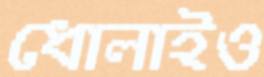
ধোলাইও